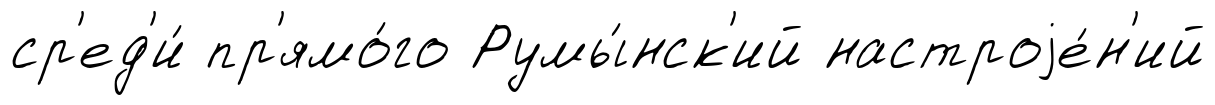
ср'ед'и́ пр'ямо́го Румы́нск'ий настроjе́н'ий